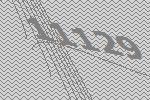
11129